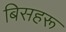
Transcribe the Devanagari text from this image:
बिसहरू